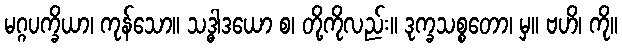
မဂ္ဂပက္ခိယာ၊ ကုန်သော။ သဒ္ဓါဒယော စ၊ တို့ကိုလည်း။ ဒုက္ခသစ္စတော၊ မှ။ ဗဟိ၊ ကို။